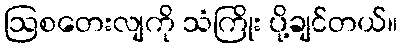
ဩစတေးလျကို သံကြိုး ပို့ချင်တယ်။